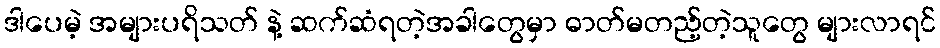
ဒါပေမဲ့ အများပရိသတ် နဲ့ ဆက်ဆံရတဲ့အခါတွေမှာ ဓာတ်မတည့်တဲ့သူတွေ များလာရင်